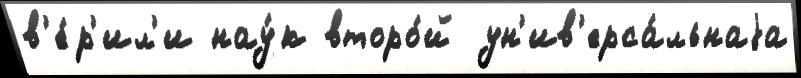
в'е́р'ил'и нау́к второ́й ун'ив'ерса́льнаjа